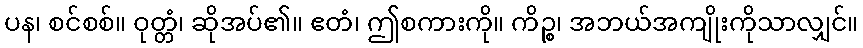
ပန၊ စင်စစ်။ ဝုတ္တံ၊ ဆိုအပ်၏။ ဧတံ၊ ဤစကားကို။ ကိဉ္စ၊ အဘယ်အကျိုးကိုသာလျှင်။